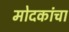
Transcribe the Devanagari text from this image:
मोदकांचा